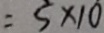
= 5 \times 1 0